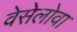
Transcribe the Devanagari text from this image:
वेसेलोवा